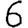
Digit: 6